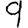
Digit: 9